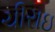
ચીરાઇ